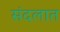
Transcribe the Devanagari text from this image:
संदलात